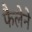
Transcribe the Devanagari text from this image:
फैलेने